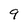
Character: 9